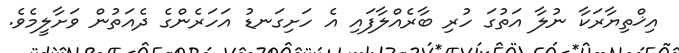
އިޚްތިޔާރަކާ ނުލާ އަތުގަ ހުރި ބާރެއްލާފައި އެ ހަށިގަނޑު އަހަރެންގެ ދެއަތުން ވަށާލީމެވެ.